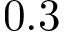
0 . 3